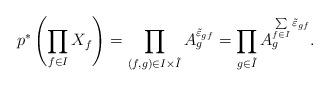
LaTeX: \begin{align*}p^*\left(\prod_{f\in I}X_f\right) = \prod_{(f, g)\in I \times \tilde{I}} A_{g}^{\tilde{\varepsilon}_{gf}} = \prod_{g\in \tilde{I}} A_{g}^{\sum\limits_{f\in I} \tilde{\varepsilon}_{gf}}.\end{align*}